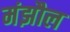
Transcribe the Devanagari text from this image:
मंझौल